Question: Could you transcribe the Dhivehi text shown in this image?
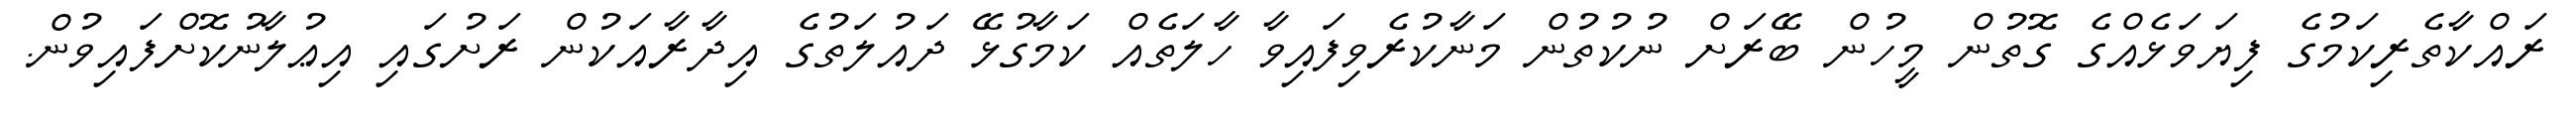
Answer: ރައްކާތެރިކަމުގެ ފިޔަވަޅެއްގެ ގޮތުން މީހުން ބޭރަށް ނުކުތުން މަނާކުރެވިފައިވާ ހާލަތެއް ކަމާގުޅޭ ދައުލަތުގެ އިދާރާއަކުން ރަށުގައި އިޢުލާނުކޮށްފައިވުން.